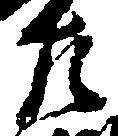
左